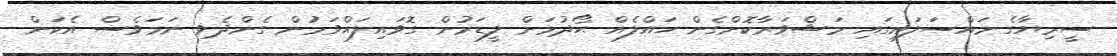
ސީރިޔާގެ މައްސަލައިގައި މަޝްވަރާކޮށްގެން ހައްލެއް ޙޯދުމަށް ލީޑަރުން ގޮވައިލައްވަމުން ގެންދެވި ނަމަވެސް އެކަން